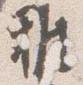
雅